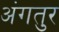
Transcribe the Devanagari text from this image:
अंगतुर